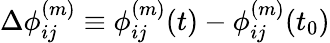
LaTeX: \Delta\phi_{ij}^{(m)}\equiv\phi_{ij}^{(m)}(t)-\phi_{ij}^{(m)}(t_{0})